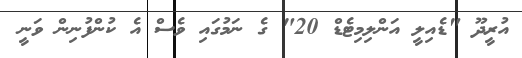
އުރީދޫ "ޑެއިލީ އަންލިމިޓެޑް 20" ގެ ނަމުގައި ވެސް އެ ކުންފުނިން ވަނީ